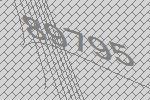
89795